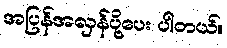
အပြန်အလှန်ပို့ပေး ပါတယ်။